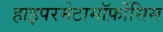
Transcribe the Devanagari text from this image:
हाइपरमेटामॉर्फ़ोसिस